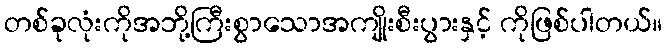
တစ်ခုလုံးကိုအဘို့ကြီးစွာသောအကျိုးစီးပွားနှင့် ကိုဖြစ်ပါတယ်။